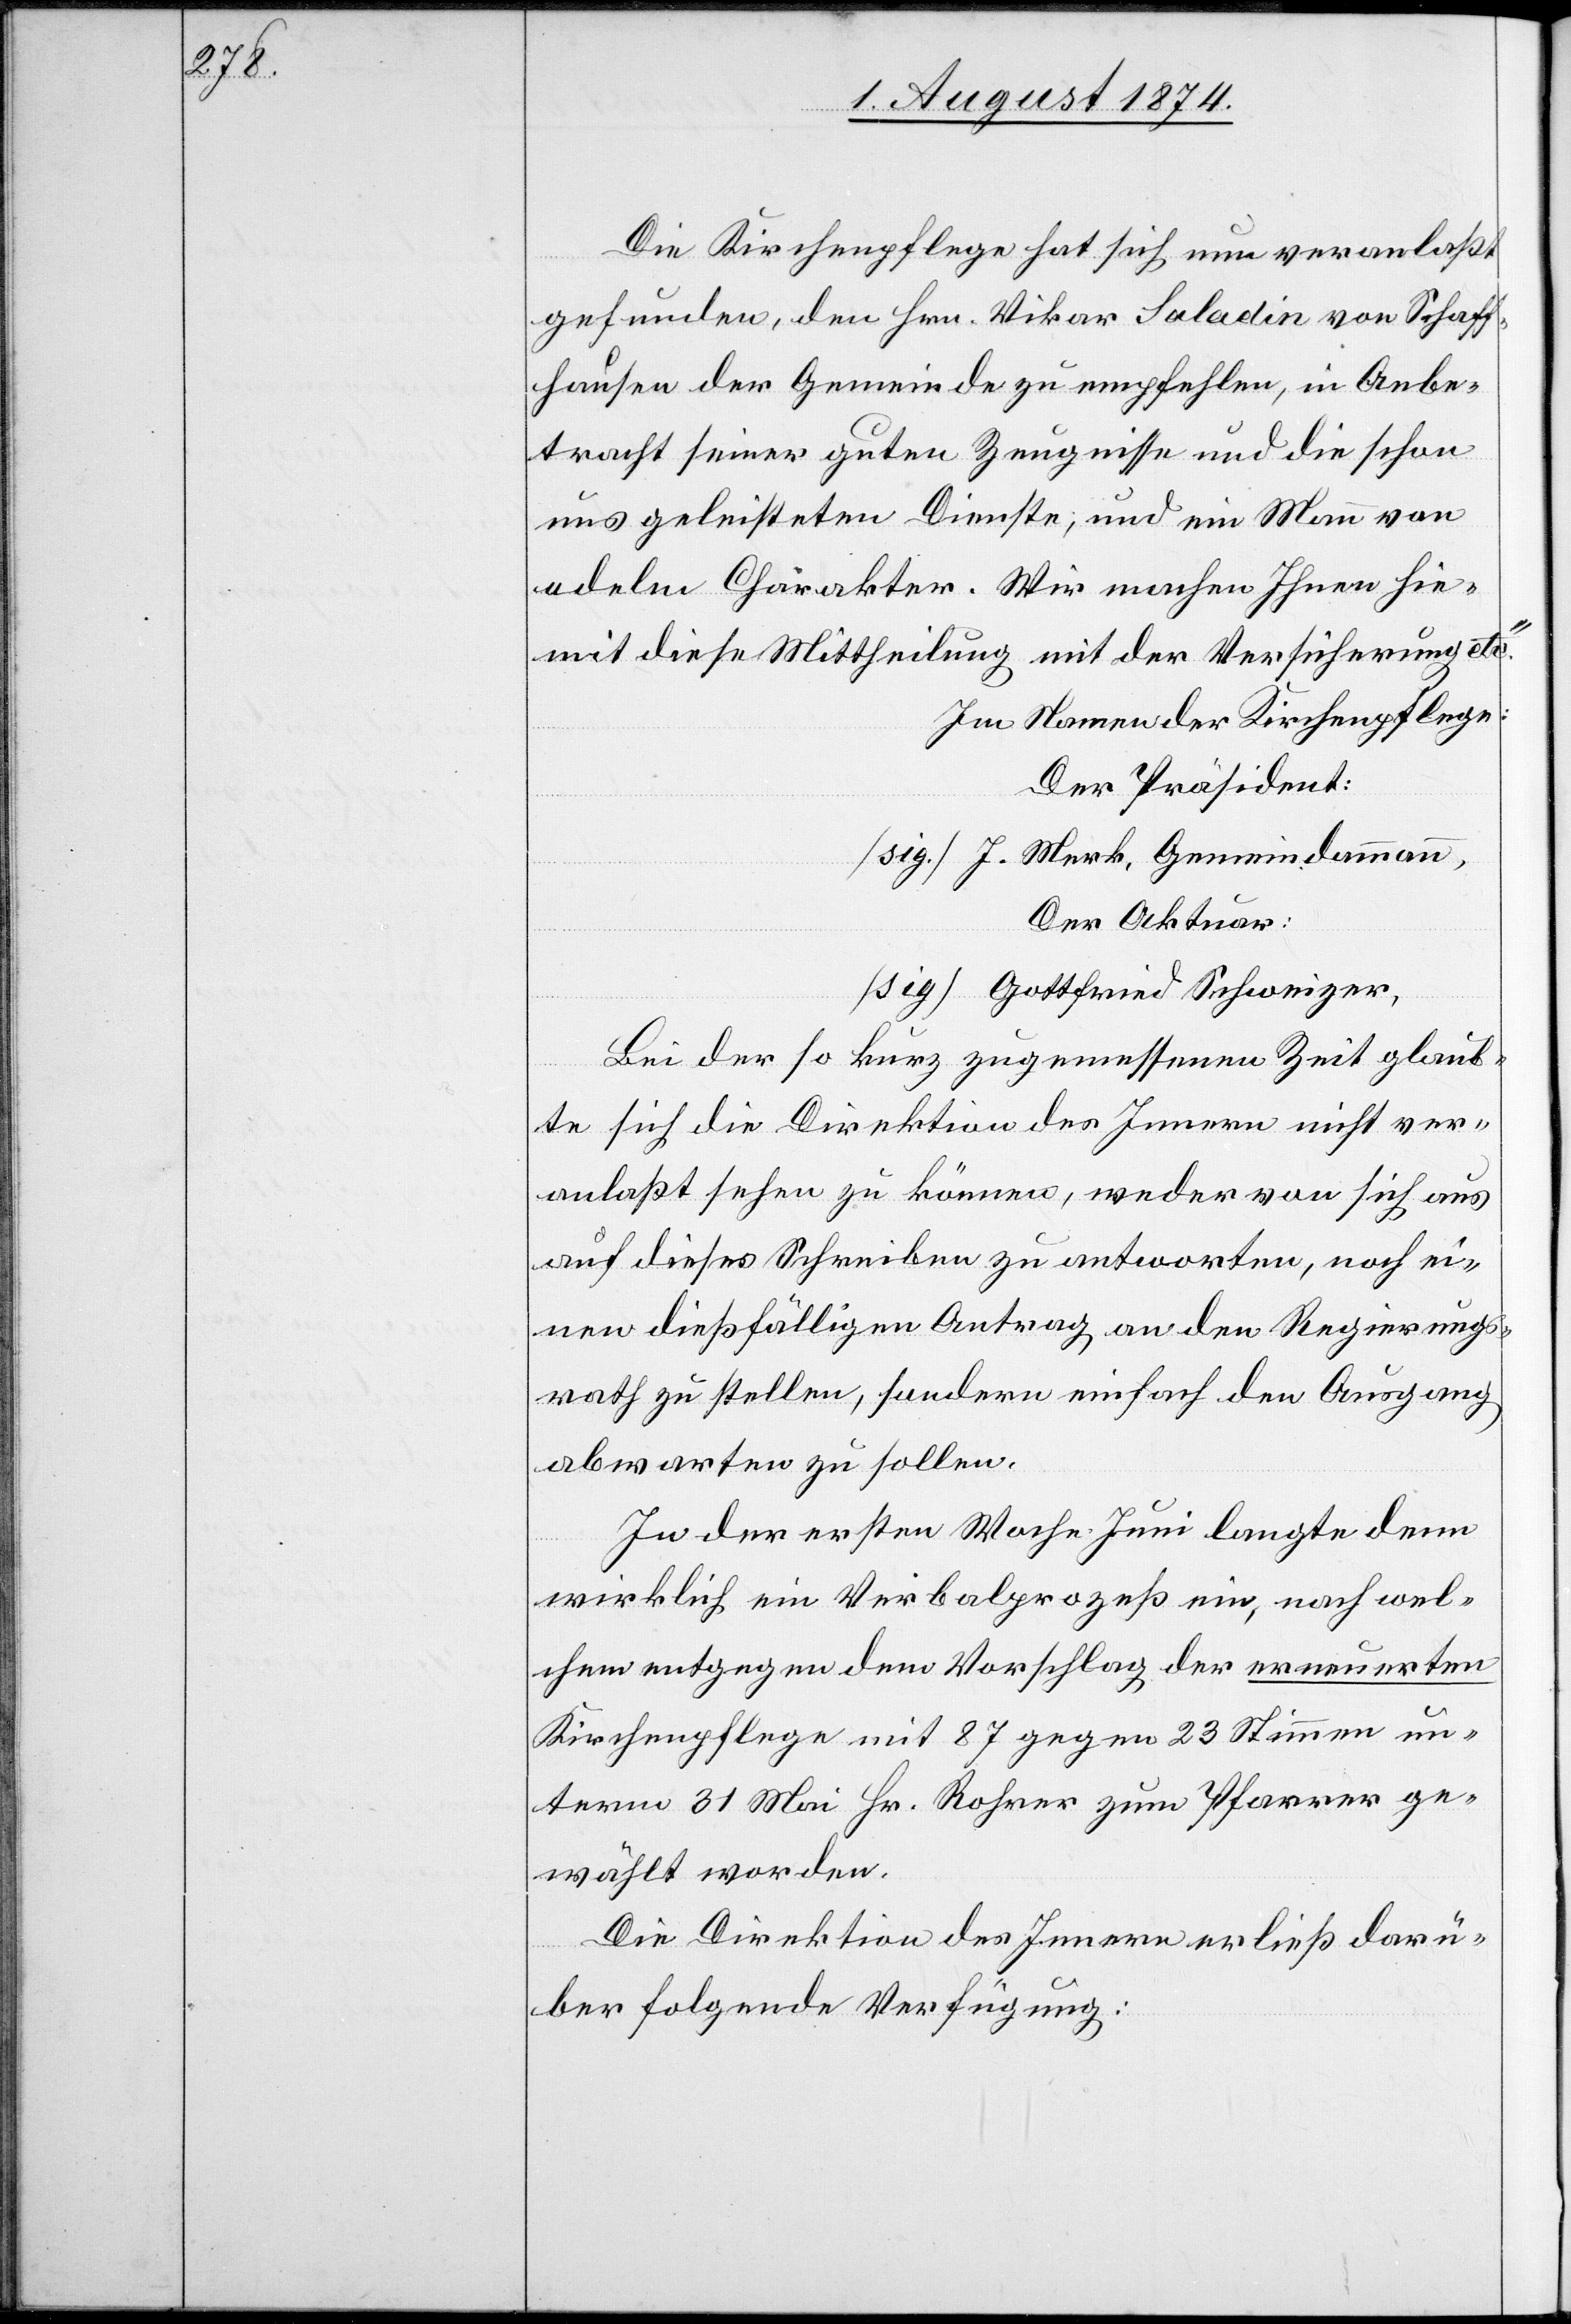
Die Kirchenpflege hat sich nun veranlaßt
gefunden, den Hrn. Vikar Saladin von Schaff¬
hausen der Gemeinde zu empfehlen, in Anbe¬
tracht seiner guten Zeugnisse und die schon
uns geleisteten Dienste, und ein Mann von
edelm Charakter. Wir machen Ihnen hie¬
mit diese Mittheilung mit der Versicherung etc.“
Im Namen der Kirchenpflege:
Der Präsident:
[sig.] J. Merk, Gemeindammann,
Der Aktuar:
[sig.] Gottfried Schweizer,
Bei der so kurz zugemessenen Zeit glaub¬
te sich die Direktion des Innern nicht ver¬
anlaßt sehen zu können, weder von sich aus
auf dieses Schreiben zu antworten, noch ei¬
nen dießfälligen Antrag an den Regierungs¬
rath zu stellen, sondern einfach den Ausgang
abwarten zu sollen.
In der ersten Woche Juni gelangte denn
wirklich ein Verbalprozeß ein, nach wel¬
chem entgegen dem Vorschlag der erneuerten
Kirchenpflege mit 87 gegen 23 Stimmen un¬
term 31. Mai Hr. Rohrer zum Pfarrer ge¬
wählt worden.
Die Direktion des Innern erließ darü¬
ber folgende Verfügung: